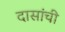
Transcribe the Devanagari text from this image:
दासांची